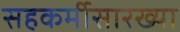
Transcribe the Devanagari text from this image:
सहकर्मीसारख्या